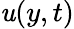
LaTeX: \mathit{u}(y,t)